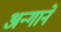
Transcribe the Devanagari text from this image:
अन्गाने